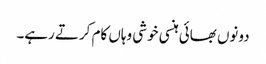
دونوں بھائی ہنسی خوشی وہاں کام کرتے رہے۔